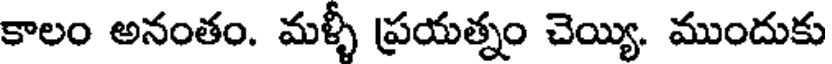
కాలం అనంతం. మళ్ళీ ప్రయత్నం చెయ్యి. ముందుకు